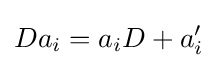
Da_{i}=a_{i}D+a_{i}'